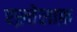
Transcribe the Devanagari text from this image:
एख़्तेलाफ़